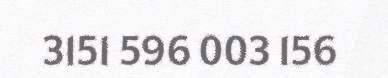
3151 596 003 156